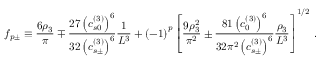
f _ { p \pm } \equiv \frac { 6 \rho _ { 3 } } { \pi } \mp \frac { 2 7 \left( c _ { s 0 } ^ { \left( 3 \right) } \right) ^ { 6 } } { 3 2 \left( c _ { s \pm } ^ { \left( 3 \right) } \right) ^ { 6 } } \frac { 1 } { L ^ { 3 } } + \left( - 1 \right) ^ { p } \left[ \frac { 9 \rho _ { 3 } ^ { 2 } } { \pi ^ { 2 } } \pm \frac { 8 1 \left( c _ { 0 } ^ { \left( 3 \right) } \right) ^ { 6 } } { 3 2 \pi ^ { 2 } \left( c _ { s \pm } ^ { \left( 3 \right) } \right) ^ { 6 } } \frac { \rho _ { 3 } } { L ^ { 3 } } \right] ^ { 1 / 2 } \, .